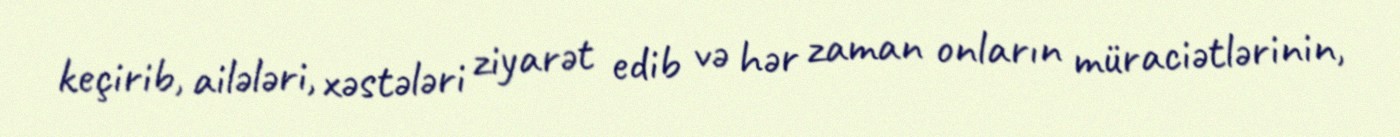
keçirib, ailələri, xəstələri ziyarət edib və hər zaman onların müraciətlərinin,